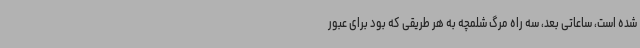
شده است، ساعاتی بعد، سه راه مرگ شلمچه به هر طریقی که بود برای عبور